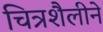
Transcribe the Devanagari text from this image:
चित्रशैलीने